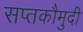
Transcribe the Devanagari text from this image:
सप्तकौमुदी